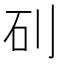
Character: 矵